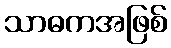
သာဓကအဖြစ်